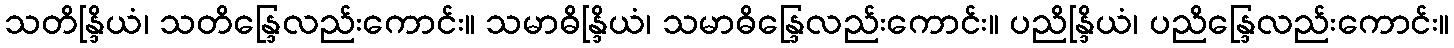
သတိန္ဒြိယံ၊ သတိန္ဒြေလည်းကောင်း။ သမာဓိန္ဒြိယံ၊ သမာဓိန္ဒြေလည်းကောင်း။ ပညိန္ဒြိယံ၊ ပညိန္ဒြေလည်းကောင်း။